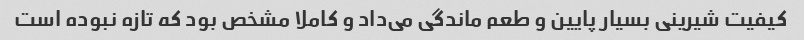
کیفیت شیرینی بسیار پایین و طعم ماندگی می‌داد و کاملا مشخص بود که تازه نبوده است